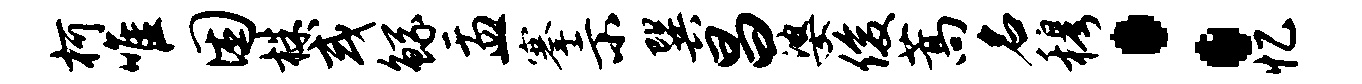
柯唯困株或鲧盂搴示巽昌婆俊蒿名穆：忆